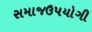
સમાજઉપયોગી